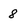
Character: 8